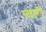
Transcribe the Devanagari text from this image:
सटारी